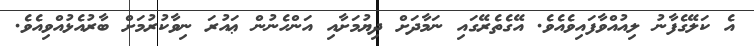
އެ ކަލޭގެފާނު ލިއުއްވާފައިވެއެވެ. އޭގެތެރޭގައި ނަމާދަށް ދިޔުމަށާއި އަންހެނުން ޢައުރަ ނިވާކުރުމަށް ބާރުއެޅުއްވިއެވެ.